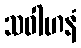
သဝါဟနံ